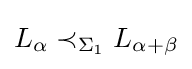
L_{\alpha }\prec _{\Sigma _{1}}L_{\alpha +\beta }